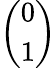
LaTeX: \left(\begin{array}{l}{0}\\ {1}\end{array}\right)